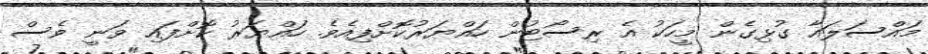
މައްސަލައާ ގުޅިގެން މީހަކު އެ ރިސޯޓުން ހައްޔަރުކޮށްފިއެވެ. ހައްޔަރު ކޮށްފައި ވަނީ ވެސް